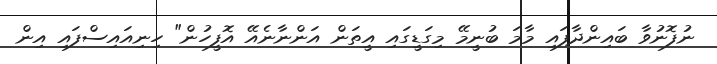
ނުފޮނުވާ ބައިންދާފައި މާމަ ބުނީމޭ މިގަޑީގައި އީތަން އަންނާނެއޭ އޮފީހުން" ހިނިއައިސްފައި އިން